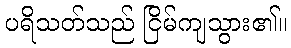
ပရိသတ်သည် ငြိမ်ကျသွား၏။